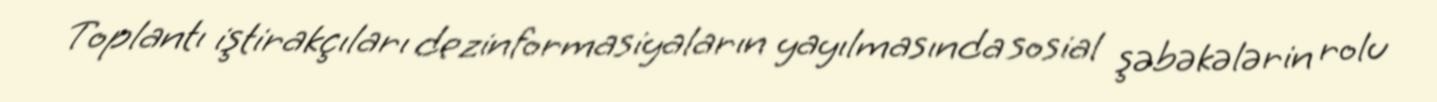
Toplantı iştirakçıları dezinformasiyaların yayılmasında sosial şəbəkələrin rolu